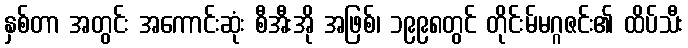
နှစ်တာ အတွင်း အကောင်းဆုံး စီအီးအို အဖြစ်၊ ၁၉၉၈တွင် တိုင်းမ်မဂ္ဂဇင်း၏ ထိပ်သီး